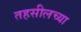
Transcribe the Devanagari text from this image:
तहसीलच्या